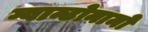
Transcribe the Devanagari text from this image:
ग्वान्टोनामो